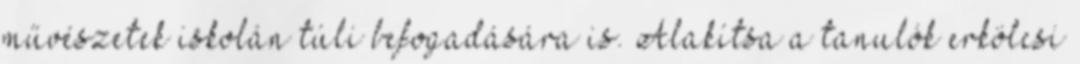
művészetek iskolán túli befogadására is. Alakítsa a tanulók erkölcsi